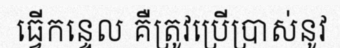
ធ្វើកន្ទេល គឺត្រូវប្រើប្រាស់នូវ